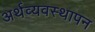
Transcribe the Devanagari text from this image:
अर्थव्यवस्थापन